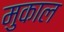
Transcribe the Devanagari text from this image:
मुकाल